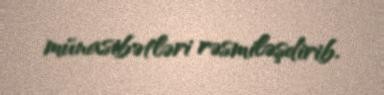
münasibətləri rəsmiləşdirib.